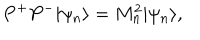
LaTeX: P ^ { + } P ^ { - } | \psi _ { n } \rangle = M _ { n } ^ { 2 } | \psi _ { n } \rangle ,